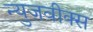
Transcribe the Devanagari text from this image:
न्युजवीक्स